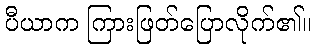
ပီယာက ကြားဖြတ်ပြောလိုက်၏။